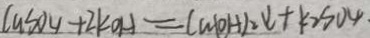
C u S o _ { 4 } + 2 K O H = C u ( O H ) _ { 2 } \downarrow + K _ { 2 } S 0 _ { 4 } .